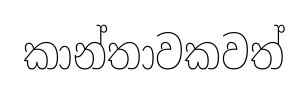
කාන්තාවකවත්